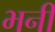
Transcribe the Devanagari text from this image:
भनी